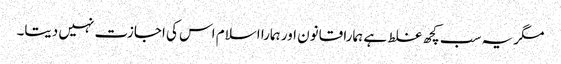
مگر یہ سب کچھ غلط ہے ہمارا قانون اور ہمارا اسلام اس کی اجازت نہیں دیتا۔